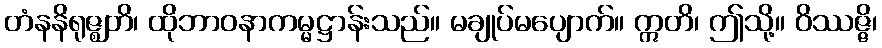
တံနနိရုဇ္ဈတိ၊ ထိုဘာဝနာကမ္မဋ္ဌာန်းသည်။ မချုပ်မပျောက်။ ဣတိ၊ ဤသို့။ ဝိဿဇ္ဇိ၊